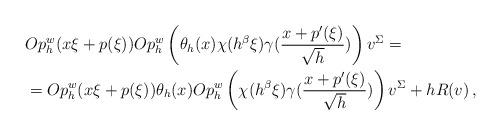
LaTeX: \begin{align*}& Op_h^w(x\xi + p(\xi))Op_h^w\left(\theta_h(x)\chi(h^{\beta}\xi)\gamma(\frac{x+p'(\xi)}{\sqrt{h}})\right)v^{\Sigma} = \\& = Op_h^w(x\xi +p(\xi))\theta_h(x) Op_h^w\left(\chi(h^{\beta}\xi)\gamma(\frac{x+p'(\xi)}{\sqrt{h}})\right)v^{\Sigma} + hR(v) \, ,\end{align*}